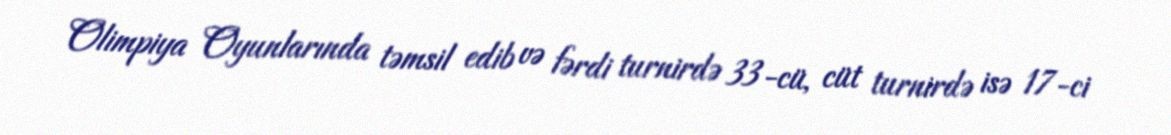
Olimpiya Oyunlarında təmsil edib və fərdi turnirdə 33-cü, cüt turnirdə isə 17-ci